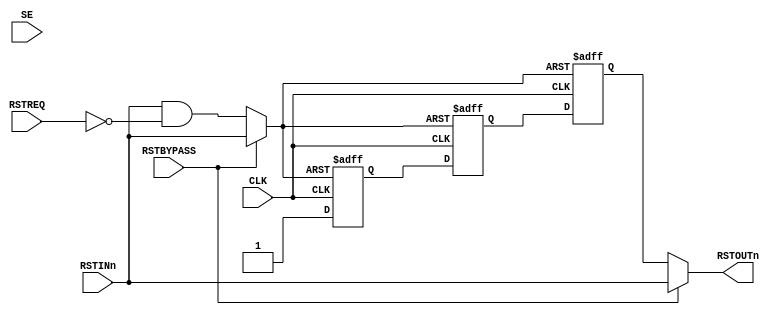
//-----------------------------------------------------------------------------
// The confidential and proprietary information contained in this file may
// only be used by a person authorised under and to the extent permitted
// by a subsisting licensing agreement from ARM Limited.
//
//            (C) COPYRIGHT 2009 ARM Limited.
//                ALL RIGHTS RESERVED
//
// This entire notice must be reproduced on all copies of this file
// and copies of this file may only be made by a person if such person is
// permitted to do so under the terms of a subsisting license agreement
// from ARM Limited.
//
//      SVN Information
//
//      Checked In          : $Date: 2009-03-20 14:07:51 +0000 (Fri, 20 Mar 2009) $
//
//      Revision            : $Revision: 104778 $
//
//      Release Information : Cortex-M0-AT510-r0p0-00rel0
//-----------------------------------------------------------------------------

module cm0_rst_sync (input  wire RSTINn,     // Active LOW reset
                     input  wire RSTREQ,     // Active HIGH synchronous reset request
                     input  wire CLK,        // Clock
                     input  wire SE,         // Scan Enable (for DFT)
                     input  wire RSTBYPASS,  // Reset synchroniser bypass (for DFT)
                     output wire RSTOUTn);   // Synchronised reset output
  
  // This module is instantiated where a reset synchroniser is required.
  // The purpose of this module is to produce a reset which is asynchronously
  // asserted and synchronously deasserted when an asynchronous reset input 
  // is asserted. It will produce a synchronously asserted and deasserted reset
  // in response to a synchronous reset request.
  
  // ------------------------------------------------------------
  // NOTE: THIS MODULE IS NOT INTENDED FOR USE IN SYNTHESIS
  // IT IS STRONGLY RECOMMENDED THAT AN EQUIVALENT MODULE
  // DIRECTLY INSTANTIATING CELLS FROM YOUR LIBRARY THAT MEET
  // THE REQUIREMENTS DETAILED BELOW IS USED INSTEAD
  // ------------------------------------------------------------
  
  // Requirements
  // -------------
  
  // 1 - The final D-type in the synchroniser must be guaranteed to
  // change cleanly (i.e. never glitch) whilst reset is held
  // inactive

  // Assumptions
  // -------------

  // 1 - RSTREQ is a non-glitching input synchronous to CLK
  
  // ------------------------------------------------------------
  // Reference model for reset synchroniser
  // ------------------------------------------------------------

  wire comb_rst_n = RSTBYPASS ? RSTINn : (RSTINn & ~RSTREQ);
  
  reg  rst_sync0_n, rst_sync1_n, rst_sync2_n;

  always @(posedge CLK or negedge comb_rst_n)
    if (~comb_rst_n) begin
      rst_sync0_n <= 1'b0;
      rst_sync1_n <= 1'b0;
      rst_sync2_n <= 1'b0;
    end else begin
      rst_sync0_n <= 1'b1;
      rst_sync1_n <= rst_sync0_n;
      rst_sync2_n <= rst_sync1_n;
    end
  
  assign RSTOUTn = RSTBYPASS ? RSTINn : rst_sync2_n;
  
endmodule

// ---------------------------------------------------------------
// EOF
// ---------------------------------------------------------------